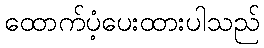
ထောက်ပံ့ပေးထားပါသည်